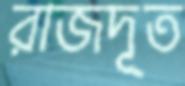
রাজদূত